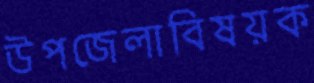
উপজেলাবিষয়ক